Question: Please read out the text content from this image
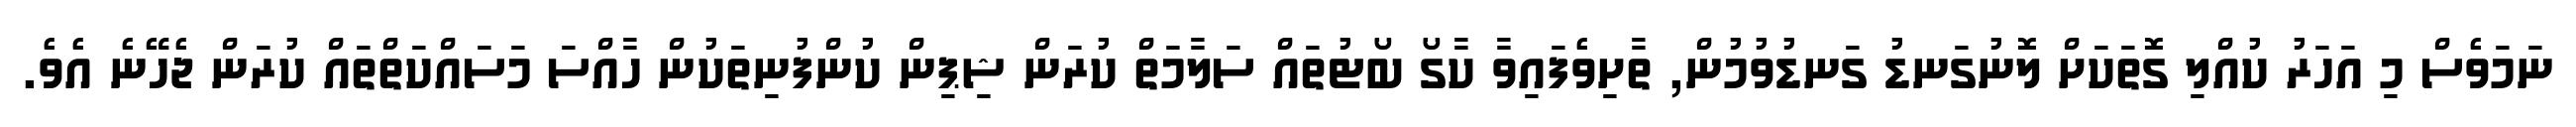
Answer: ނަމަވެސް މި އަހަރު ކުއްލި ގޮތަކަށް ލޮނުގަނޑު ގަނޑުވުމުން, ތާށިވެފައިވާ ކާގޯ ބޯޓުތައް ސަލާމަތް ކުރަން ޝިޕިން ކުންފުނިތަކުން ހާއްސަ މަސައްކަތްތައް ކުރަން ޖެހޭނެ އެވެ.